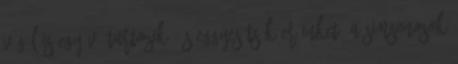
végül is egyűvé tartozik, és eggyesítsük erőinket, a simsonosok